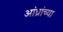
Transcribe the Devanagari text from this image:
आंध्रांच्या